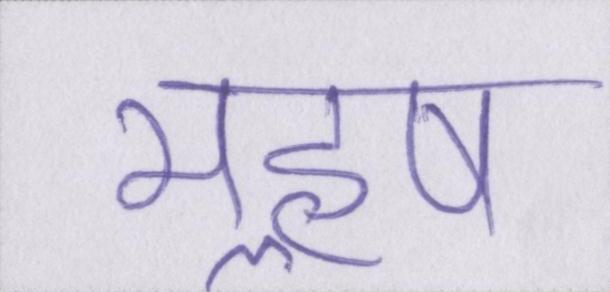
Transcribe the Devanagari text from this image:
महॢष